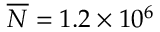
\overline { { N } } = 1 . 2 \times 1 0 ^ { 6 }